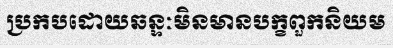
ប្រកបដោយឆន្ទៈមិនមានបក្ខពួកនិយម